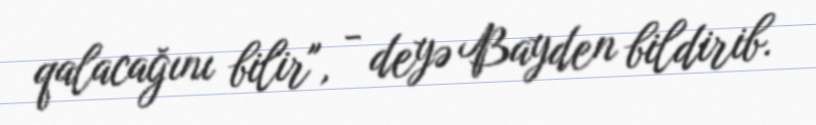
qalacağını bilir", - deyə Bayden bildirib.